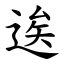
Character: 逘